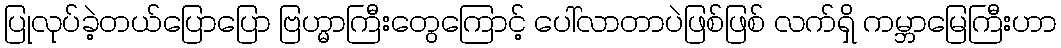
ပြုလုပ်ခဲ့တယ်ပြောပြော ဗြဟ္မာကြီးတွေကြောင့် ပေါ်လာတာပဲဖြစ်ဖြစ် လက်ရှိ ကမ္ဘာမြေကြီးဟာ